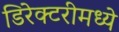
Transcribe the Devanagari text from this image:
डिरेक्टरीमध्ये